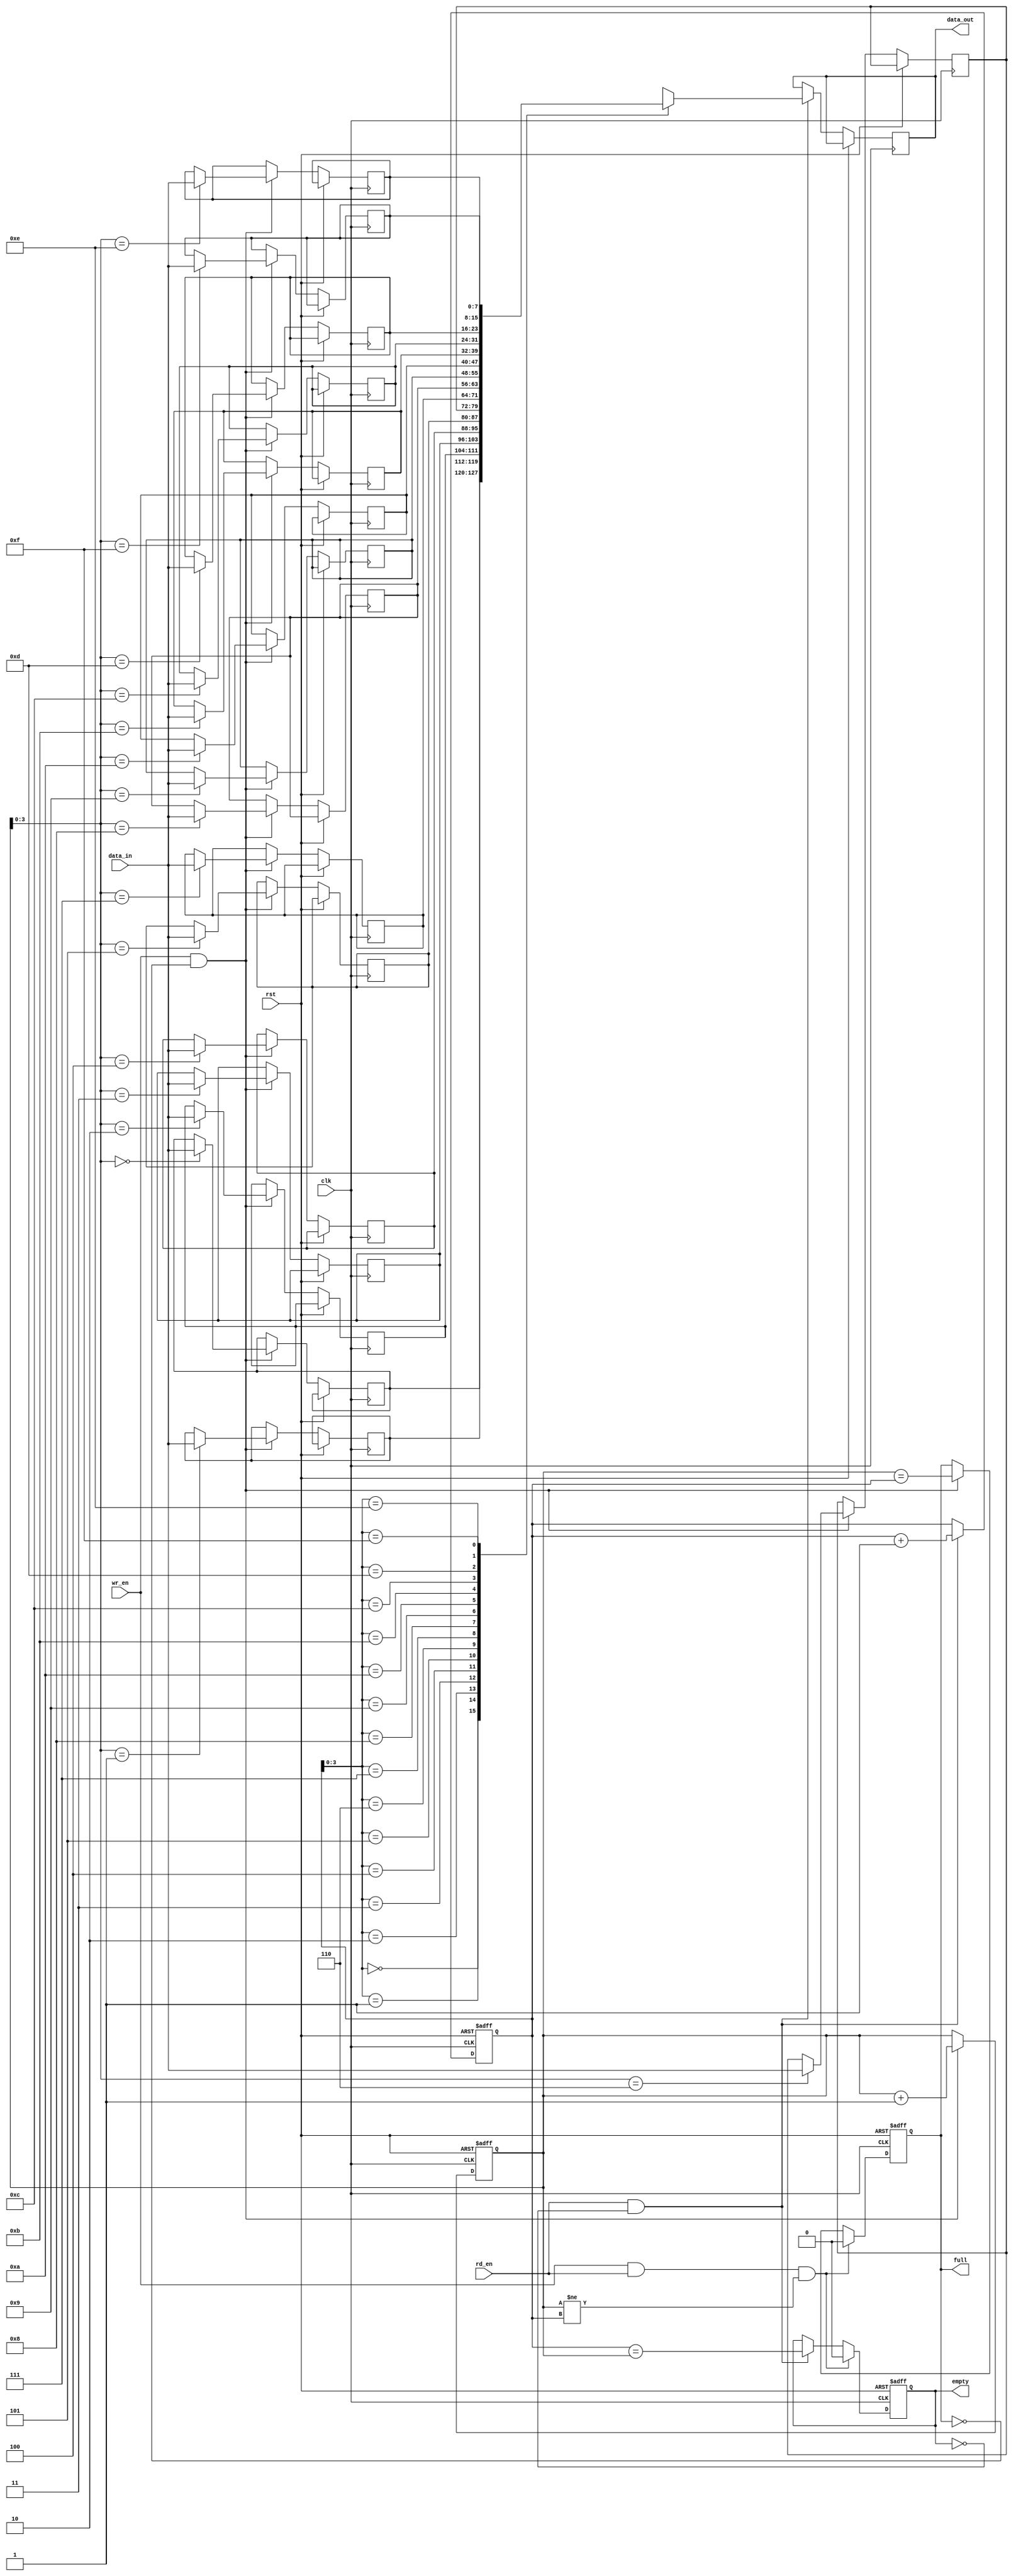
module fifo_buffer (
    input wire clk,
    input wire rst,
    input wire wr_en,
    input wire rd_en,
    input wire [7:0] data_in,
    output reg [7:0] data_out,
    output reg full,
    output reg empty
);

parameter DEPTH = 16;

reg [7:0] memory [0:DEPTH-1];
reg [4:0] wr_ptr;
reg [4:0] rd_ptr;

always @(posedge clk or posedge rst) begin
    if (rst) begin
        wr_ptr <= 5'b0;
        rd_ptr <= 5'b0;
        full <= 1'b0;
        empty <= 1'b1;
    end else begin
        if (wr_en && !full) begin
            memory[wr_ptr] <= data_in;
            wr_ptr <= wr_ptr + 1;
            full <= (wr_ptr == rd_ptr); // check if buffer is full
        end
        if (rd_en && !empty) begin
            data_out <= memory[rd_ptr];
            rd_ptr <= rd_ptr + 1;
            empty <= (rd_ptr == wr_ptr); // check if buffer is empty
        end
        if (wr_en && rd_en && (wr_ptr != rd_ptr)) begin
            full <= 1'b0;
            empty <= 1'b0;
        end
    end
end

endmodule